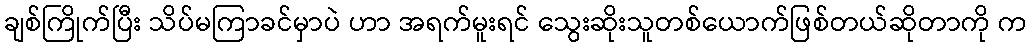
ချစ်ကြိုက်ပြီး သိပ်မကြာခင်မှာပဲ ဟာ အရက်မူးရင် သွေးဆိုးသူတစ်ယောက်ဖြစ်တယ်ဆိုတာကို က